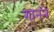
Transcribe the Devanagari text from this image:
शानने